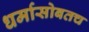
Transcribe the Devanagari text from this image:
धर्मासोबतच